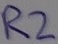
Text: R2